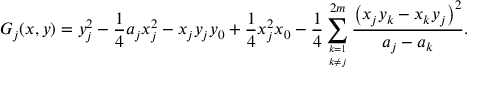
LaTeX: G _ { j } ( x , y ) = y _ { j } ^ { 2 } - { \frac { 1 } { 4 } } a _ { j } x _ { j } ^ { 2 } - x _ { j } y _ { j } y _ { 0 } + { \frac { 1 } { 4 } } x _ { j } ^ { 2 } x _ { 0 } - { \frac { 1 } { 4 } } \sum _ { k = 1 \atop k \neq j } ^ { 2 m } { \frac { \left( x _ { j } y _ { k } - x _ { k } y _ { j } \right) ^ { 2 } } { a _ { j } - a _ { k } } } .